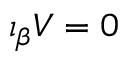
\iota _ { \beta } { \cal V } = 0